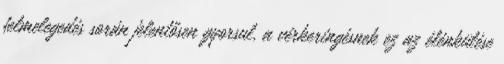
felmelegedés során jelentősen gyorsul, a vérkeringésnek ez az élénkülése